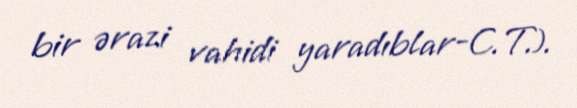
bir ərazi vahidi yaradıblar-C.T.).